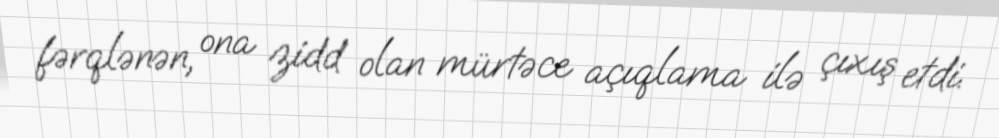
fərqlənən, ona zidd olan mürtəce açıqlama ilə çıxış etdi.